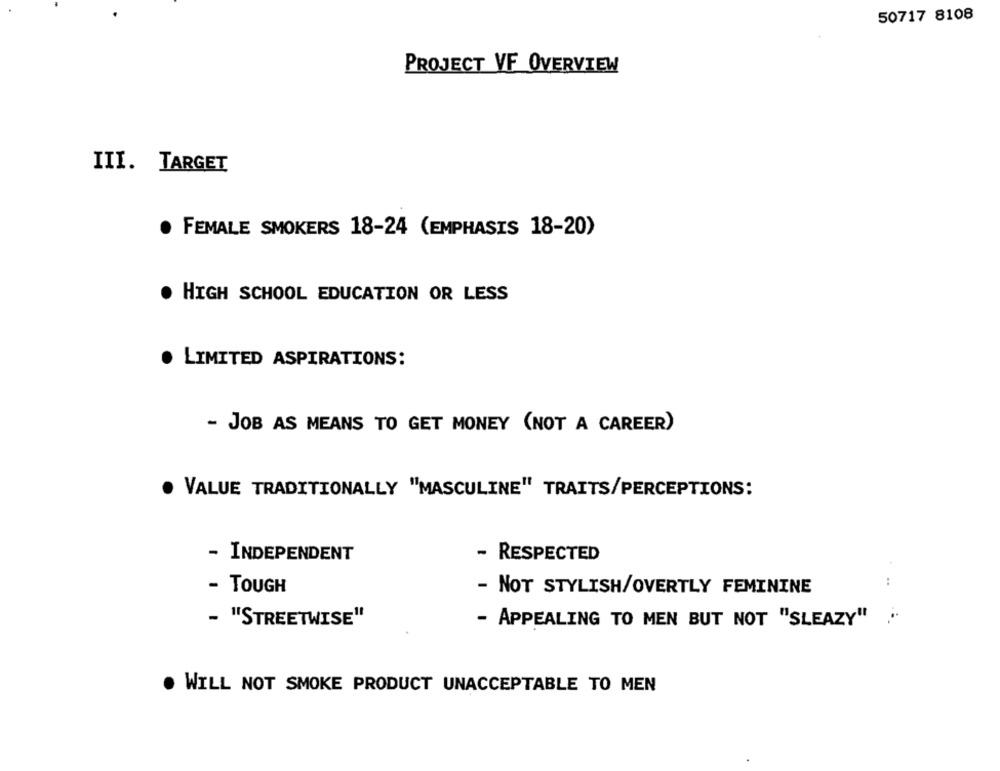
50717 8108
PROJECT VF OVERVIEW
III. TARGET
· FEMALE SMOKERS 18-24 (EMPHASIS 18-20)
HIGH SCHOOL EDUCATION OR LESS
. LIMITED ASPIRATIONS:
- JOB AS MEANS TO GET MONEY (NOT A CAREER)
VALUE TRADITIONALLY "MASCULINE" TRAITS/PERCEPTIONS:
- INDEPENDENT
RESPECTED
- TOUGH
- NOT STYLISH/OVERTLY FEMININE
- "STREETWISE"
- APPEALING TO MEN BUT NOT "SLEAZY"
. WILL NOT SMOKE PRODUCT UNACCEPTABLE TO MEN